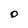
Character: O